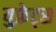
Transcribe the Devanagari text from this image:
युफ्रेट्स